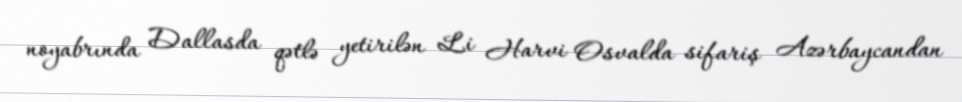
noyabrında Dallasda qətlə yetirilən Li Harvi Osvalda sifariş Azərbaycandan